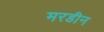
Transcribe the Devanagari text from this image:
मरडीन